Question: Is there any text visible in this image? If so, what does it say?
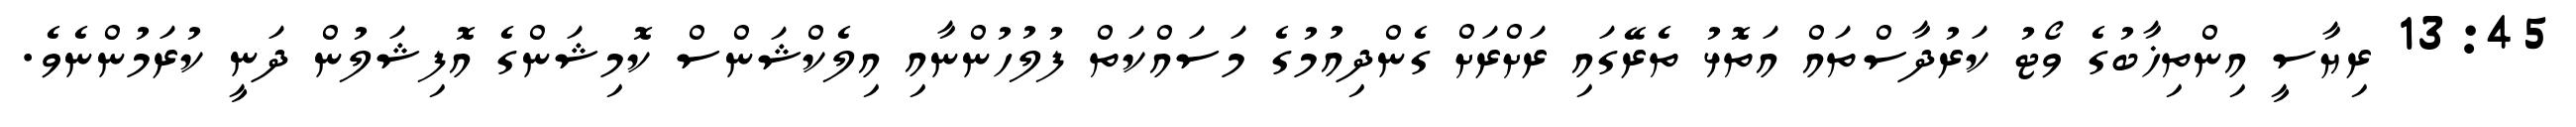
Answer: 13:45 ރިޔާސީ އިންތިޚާބުގެ ވޯޓު ކަރުދާސްތައް އަތޮޅު ތެރޭގައި ރަށްރަށް ގެންދިއުމުގެ މަސައްކަތް ފުލުހުންނާއި އިލެކްޝަންސް ކޮމިޝަންގެ އޮފިޝަލުން ދަނީ ކުރަމުންނެވެ.